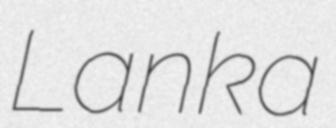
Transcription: Lanka